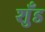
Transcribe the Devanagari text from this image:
शुँड